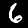
Digit: 6